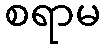
စရာမ